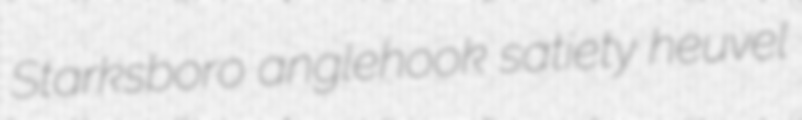
Starksboro anglehook satiety heuvel